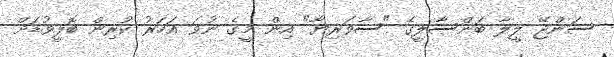
ސަންޖޭ ލީލާ ބަންސާލީގެ "ސާވަރިޔާ" އިން މީގެ ނުވަ އަހަރު ކުރިން ބޮލީވުޑަށް